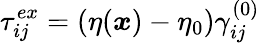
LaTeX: \tau_{ij}^{ex}=(\eta(\boldsymbol{x})-\eta_{0})\gamma_{ij}^{(0)}